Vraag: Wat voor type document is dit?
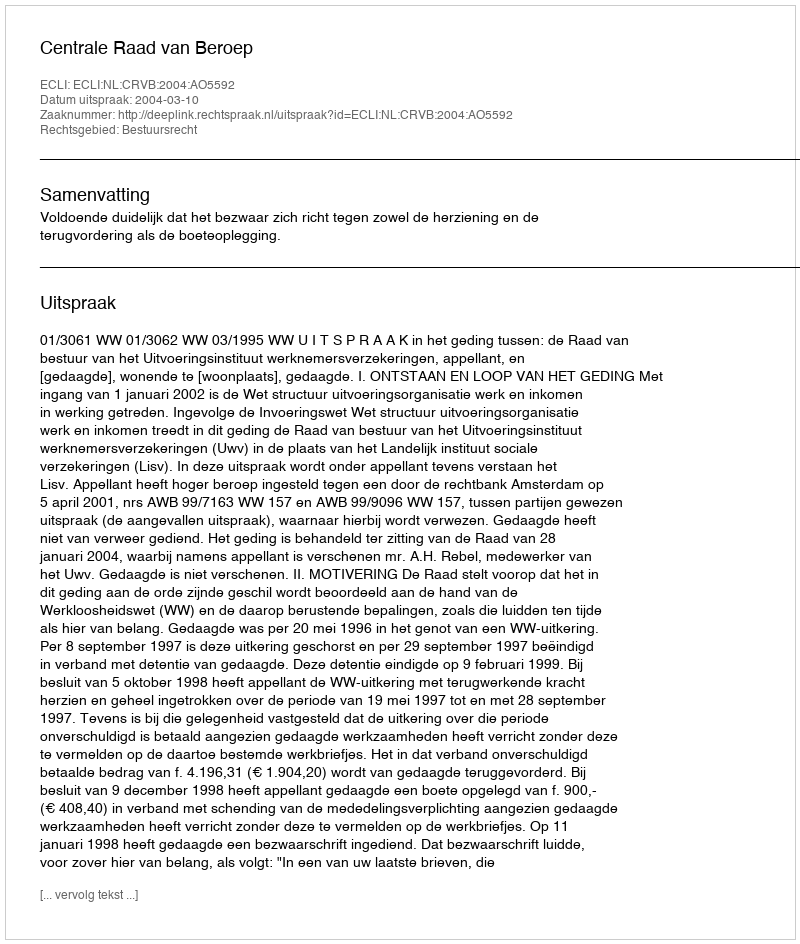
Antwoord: Uitspraak